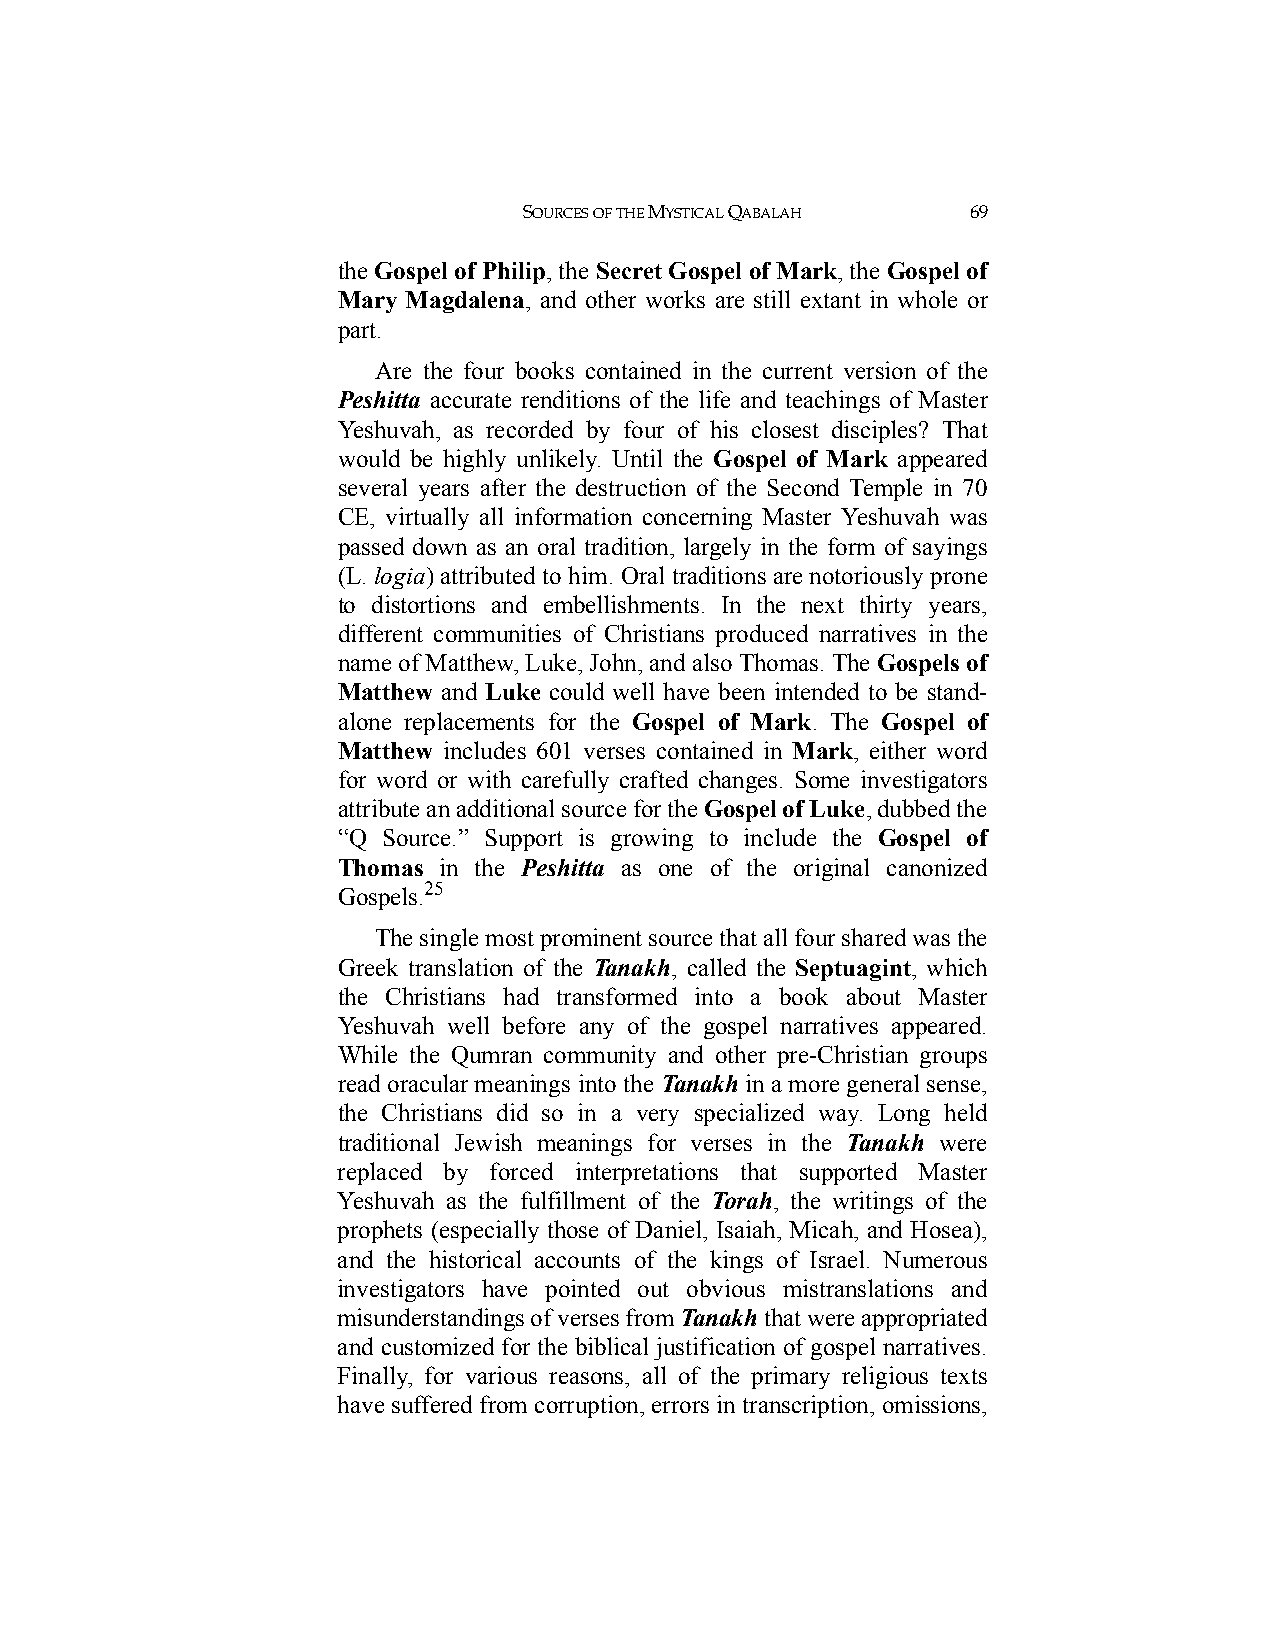
SOURCES OF THE MYSTICAL QABALAH 69
 the Gospel of Philip, the Secret Gospel of Mark, the Gospel of
 Mary Magdalena, and other works are still extant in whole or
 part.
 Are the four books contained in the current version of the
 Peshitta accurate renditions of the life and teachings of Master
 Yeshuvah, as recorded by four of his closest disciples? That
 would be highly unlikely. Until the Gospel of Mark appeared
 several years after the destruction of the Second Temple in 70
 CE, virtually all information concerning Master Yeshuvah was
 passed down as an oral tradition, largely in the form of sayings
 (L. logia) attributed to him. Oral traditions are notoriously prone
 to distortions and embellishments. In the next thirty years,
 different communities of Christians produced narratives in the
 name of Matthew, Luke, John, and also Thomas. The Gospels of
 Matthew and Luke could well have been intended to be stand-
 alone replacements for the Gospel of Mark. The Gospel of
 Matthew includes 601 verses contained in Mark, either word
 for word or with carefully crafted changes. Some investigators
 attribute an additional source for the Gospel of Luke, dubbed the
 “Q Source.” Support is growing to include the Gospel of
 Thomas in the Peshitta as one of the original canonized
 Gospels.25
 The single most prominent source that all four shared was the
 Greek translation of the Tanakh, called the Septuagint, which
 the Christians had transformed into a book about Master
 Yeshuvah well before any of the gospel narratives appeared.
 While the Qumran community and other pre-Christian groups
 read oracular meanings into the Tanakh in a more general sense,
 the Christians did so in a very specialized way. Long held
 traditional Jewish meanings for verses in the Tanakh were
 replaced by forced interpretations that supported Master
 Yeshuvah as the fulfillment of the Torah, the writings of the
 prophets (especially those of Daniel, Isaiah, Micah, and Hosea),
 and the historical accounts of the kings of Israel. Numerous
 investigators have pointed out obvious mistranslations and
 misunderstandings of verses from Tanakh that were appropriated
 and customized for the biblical justification of gospel narratives.
 Finally, for various reasons, all of the primary religious texts
 have suffered from corruption, errors in transcription, omissions,